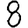
Digit: 8